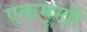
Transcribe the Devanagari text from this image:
एकमूखी